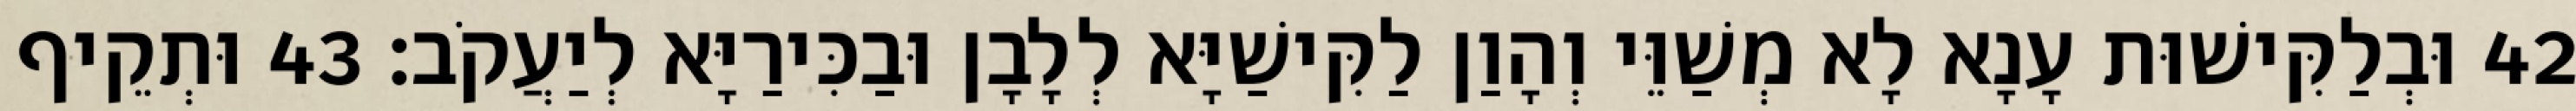
42 וּבְלַקִּישׁוּת עָנָא לָא מְשַׁוֵּי וְהָוַן לַקִּישַׁיָּא לְלָבָן וּבַכִּירַיָּא לְיַעֲקֹב׃ 43 וּתְקֵיף